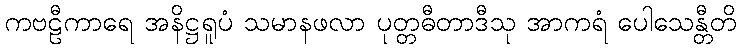
ကဗဠီကာရေ အနိဋ္ဌရူပံ သမာနဖလာ ပုတ္တဓီတာဒီသု အာကရံ ပေါသေန္တီတိ